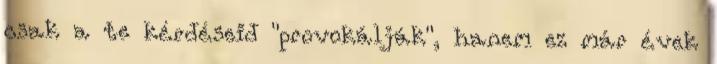
csak a te kérdéseid "provokálják", hanem ez már évek